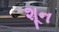
શૂન